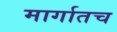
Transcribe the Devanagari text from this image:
मार्गातच